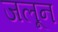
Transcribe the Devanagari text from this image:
जलून